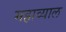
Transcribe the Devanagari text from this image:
महाव्याल